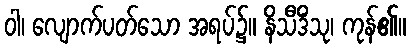
ဝါ၊ လျောက်ပတ်သော အရပ်၌။ နိသီဒိံသု၊ ကုန်၏။